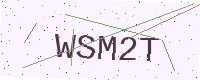
Text: WSM2T